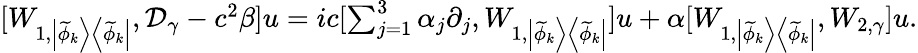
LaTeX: \begin{array}{r}{[W_{1,\left|\widetilde{\phi}_{k}\right>\left<\widetilde{\phi}_{k}\right|},\mathcal D_{\gamma}-c^{2}\beta]u=ic[\sum_{j=1}^{3}\alpha_{j}\partial_{j},W_{1,\left|\widetilde{\phi}_{k}\right>\left<\widetilde{\phi}_{k}\right|}]u+\alpha[W_{1,\left|\widetilde{\phi}_{k}\right>\left<\widetilde{\phi}_{k}\right|},W_{2,\gamma}]u.}\end{array}